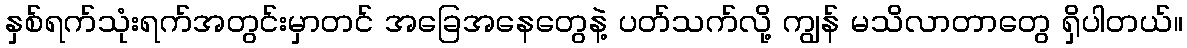
နှစ်ရက်သုံးရက်အတွင်းမှာတင် အခြေအနေတွေနဲ့ ပတ်သက်လို့ ကျွန် မသိလာတာတွေ ရှိပါတယ်။